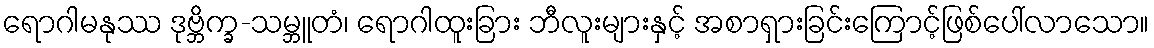
ရောဂါမနုဿ ဒုဗ္ဘိက္ခ-သမ္ဘူတံ၊ ရောဂါထူးခြား ဘီလူးများနှင့် အစာရှားခြင်းကြောင့်ဖြစ်ပေါ်လာသော။